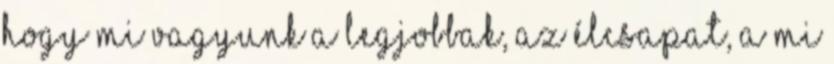
hogy mi vagyunk a legjobbak, az élcsapat, a mi